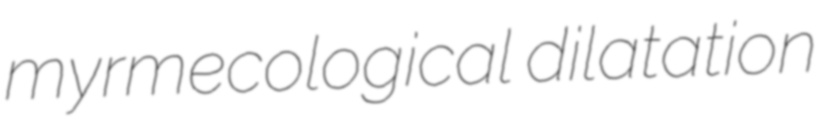
myrmecological dilatation